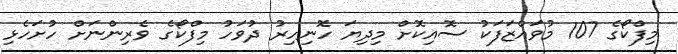
މިފްކޯގެ 107 މުވައްޒަފަކު ސޮއިކޮށް މިދިޔަ ހޮނިހިރު ދުވަހު މިފްކޯގެ ވެރިންނަށް ހުށަހެޅި